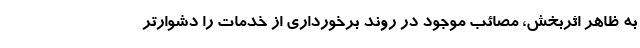
به ظاهر اثربخش، مصائب موجود در روند برخورداری از خدمات را دشوارتر